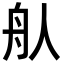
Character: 𦨈